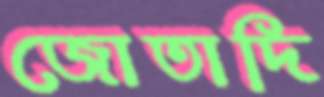
জোতাদি